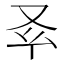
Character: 𠬯